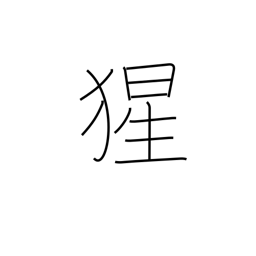
Meaning: orangutan